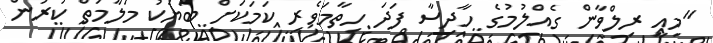
"މިއީ ރިލްވާން ގެއްލުމުގެ ހާދިސާ ފަދަ ހިތާމަވެރި ކަމަކަށް ބަޔަކު މަލާމަތް ކުރުން